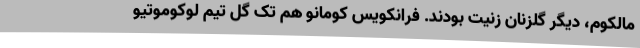
مالکوم، دیگر گلزنان زنیت بودند. فرانکویس کومانو هم تک گل تیم لوکوموتیو